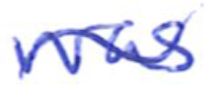
Text: was
Cross-out: wave
Writing tool: ballpoint